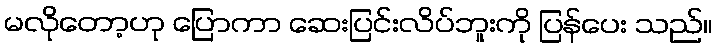
မလိုတော့ဟု ပြောကာ ဆေးပြင်းလိပ်ဘူးကို ပြန်ပေး သည်။